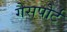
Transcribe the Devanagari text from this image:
गैसपोर्ट